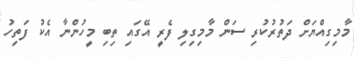
މާމިގިއްޔަށް ދަތުރުކުރި ސަން މާމިގިލި ފެރީ އޭގައި ތިބި މީހުންނާ އެކު ފަތިހު